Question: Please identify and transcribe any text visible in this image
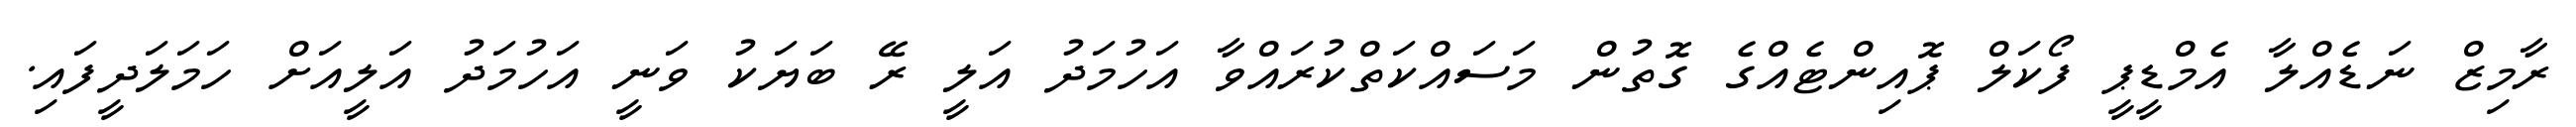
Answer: ރާމިޒް ނަޑެއްލާ އެމްޑީޕީ ފޯކަލް ޕޮއިންޓެއްގެ ގޮތުން މަސައްކަތްކުރައްވާ އަހުމަދު އަލީ ރޭ ބަޔަކު ވަނީ އަހުމަދު އަލީއަށް ހަމަލަދީފައި.